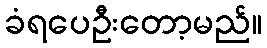
ခံရပေဦးတော့မည်။